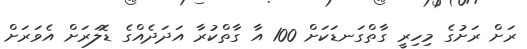
ރަށް ރަށުގެ މިހިރީ ގާތްގަނޑަކަށް 100 އާ ގާތްކުރާ އަދަދެއްގެ ޑޮލަރަށް އެވަރަށް